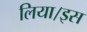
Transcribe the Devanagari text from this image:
लिया।इस